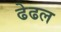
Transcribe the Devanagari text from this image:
ढेढल